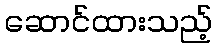
ဆောင်ထားသည့်